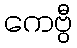
ကေဗွီ